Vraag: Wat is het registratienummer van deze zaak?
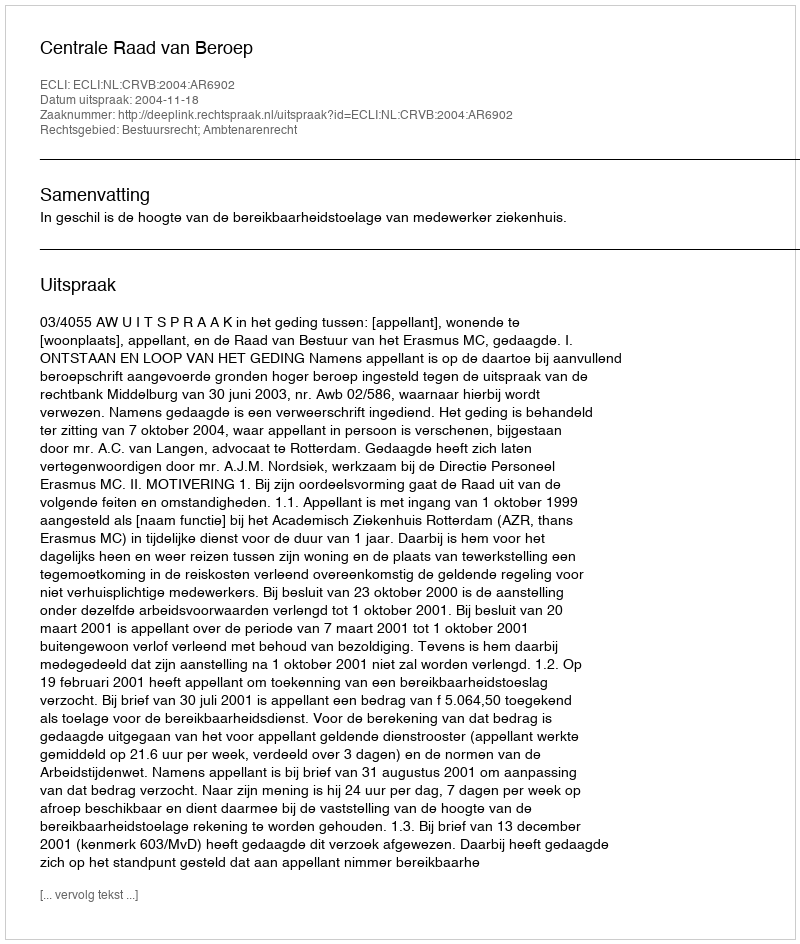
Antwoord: http://deeplink.rechtspraak.nl/uitspraak?id=ECLI:NL:CRVB:2004:AR6902